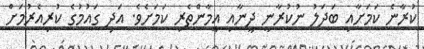
ކުރާނެ ކަމަށާއި ބަދަލު ނުކުރާނީ ދީނާއި އީމާންތެރި ކަމަށެވެ. އަދި ގައުމުގެ ކުރިއެރުމަށް